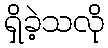
ရှိခဲ့သလို